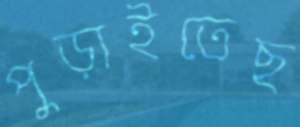
পুড়াইতেছ